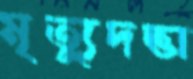
মৃত্যুদত্তা